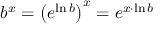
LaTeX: b ^ { x } = \left( e ^ { \ln b } \right) ^ { x } = e ^ { x \cdot \ln b }